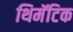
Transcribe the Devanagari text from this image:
थिमॅटिक